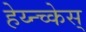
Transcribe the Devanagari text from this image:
हेय्न्च्केस्